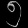
Digit: ၅